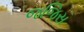
જજિસ